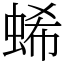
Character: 䖷